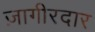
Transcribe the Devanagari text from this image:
ज़ागीरदार